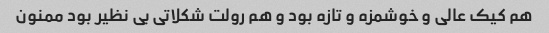
هم کیک عالی و خوشمزه و تازه بود و هم رولت شکلاتی بی نظیر بود ممنون